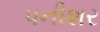
પનીશર